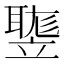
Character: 𥪻